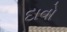
દાવો